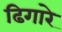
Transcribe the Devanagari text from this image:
ढिगारे